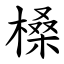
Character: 槡